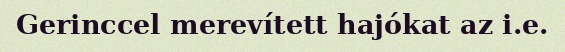
Gerinccel merevített hajókat az i.e.